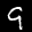
Label: 9